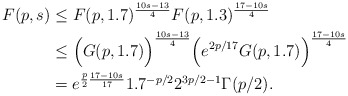
\begin{align*}F(p,s) &\leq F(p, 1.7)^{\frac{10s-13}{4}} F(p, 1.3)^{\frac{17-10s}{4}}\\&\leq \Big(G(p, 1.7)\Big)^{\frac{10s-13}{4}}\Big(e^{2p/17}G(p, 1.7)\Big)^{\frac{17-10s}{4}} \\&= e^{\frac{p}{2}\frac{17-10s}{17}}1.7^{-p/2}2^{3p/2-1}\Gamma(p/2).\end{align*}